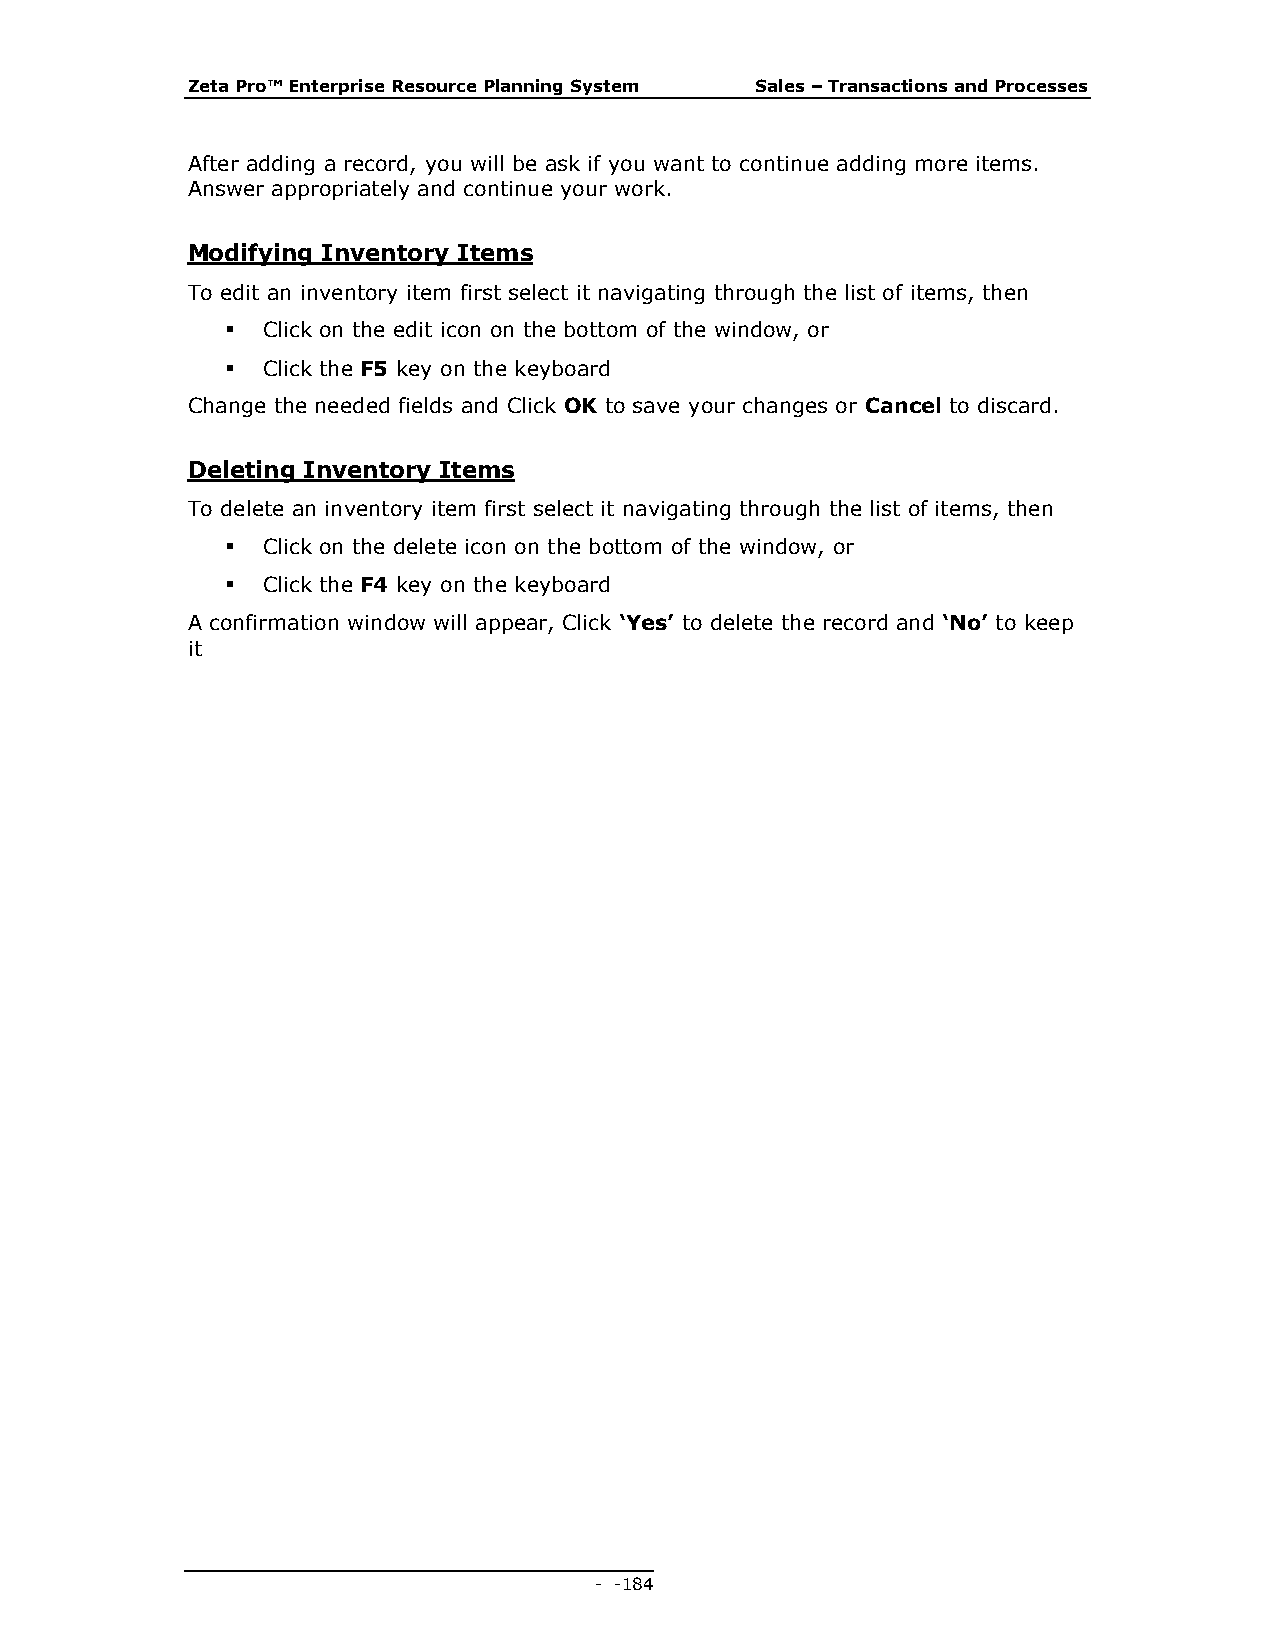
Zeta Pro™ Enterprise Resource Planning System Sales – Transactions and Processes
 After adding a record, you will be ask if you want to continue adding more items.
 Answer appropriately and continue your work.
 Modifying Inventory Items
 To edit an inventory item first select it navigating through the list of items, then
  Click on the edit icon on the bottom of the window, or
  Click the F5 key on the keyboard
 Change the needed fields and Click OK to save your changes or Cancel to discard.
 Deleting Inventory Items
 To delete an inventory item first select it navigating through the list of items, then
  Click on the delete icon on the bottom of the window, or
  Click the F4 key on the keyboard
 A confirmation window will appear, Click ‘Yes’ to delete the record and ‘No’ to keep
 it
 - - 184